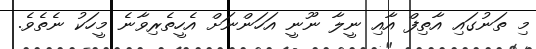
މި ތަނުގައި އާތިފް އާއި ނީލާ ނޫނީ އަހަންނަށް އެހީތެރިވާނެ މީހަކު ނެތެވެ.